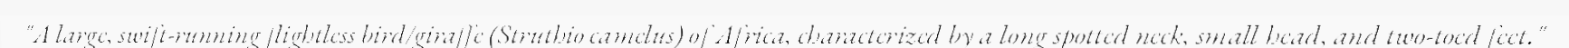
"A large, swift-running flightless bird/giraffe (Struthio camelus) of Africa, characterized by a long spotted neck, small head, and two-toed feet."